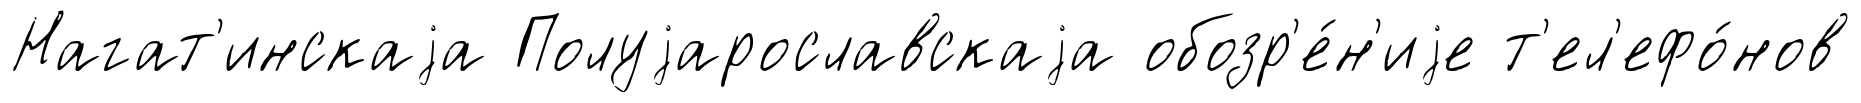
Нагат'инскаjа Полуjарославскаjа обозр'е́н'иjе т'ел'ефо́нов